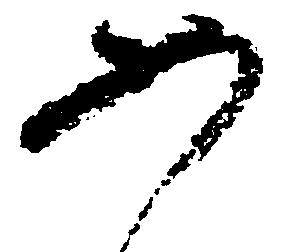
如